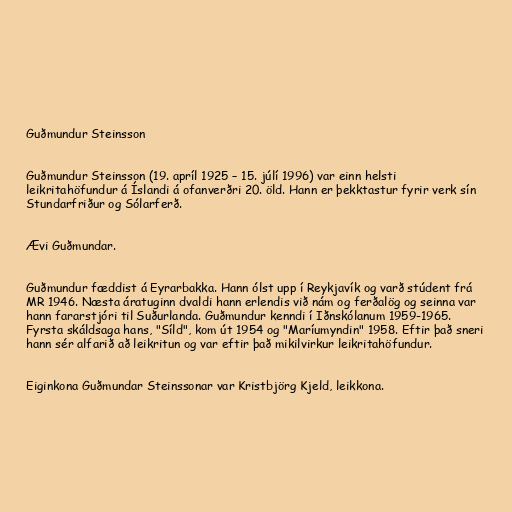
Guðmundur Steinsson

Guðmundur Steinsson (19. apríl 1925 – 15. júlí 1996) var einn helsti
leikritahöfundur á Íslandi á ofanverðri 20. öld. Hann er þekktastur fyrir verk sín
Stundarfriður og Sólarferð.

Ævi Guðmundar.

Guðmundur fæddist á Eyrarbakka. Hann ólst upp í Reykjavík og varð stúdent frá
MR 1946. Næsta áratuginn dvaldi hann erlendis við nám og ferðalög og seinna var
hann fararstjóri til Suðurlanda. Guðmundur kenndi í Iðnskólanum 1959-1965.
Fyrsta skáldsaga hans, "Síld", kom út 1954 og "Maríumyndin" 1958. Eftir það sneri
hann sér alfarið að leikritun og var eftir það mikilvirkur leikritahöfundur.

Eiginkona Guðmundar Steinssonar var Kristbjörg Kjeld, leikkona.